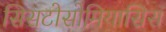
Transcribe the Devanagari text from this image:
सिसटोसोमियासिस